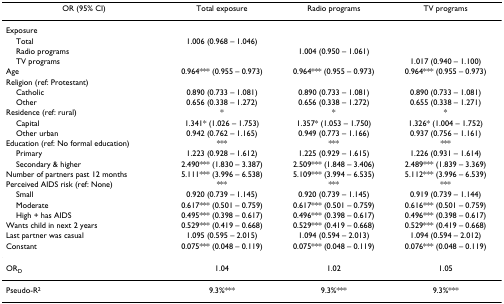
<table><thead><tr><td><b>OR (95% CI)</b></td><td><b>Total exposure</b></td><td><b>Radio programs</b></td><td><b>TV programs</b></td></tr></thead><tbody><tr><td>Exposure</td><td></td><td></td><td></td></tr><tr><td> Total</td><td>1.006 (0.968 – 1.046)</td><td></td><td></td></tr><tr><td> Radio programs</td><td></td><td>1.004 (0.950 – 1.061)</td><td></td></tr><tr><td> TV programs</td><td></td><td></td><td>1.017 (0.940 – 1.100)</td></tr><tr><td>Age</td><td>0.964*** (0.955 – 0.973)</td><td>0.964*** (0.955 – 0.973)</td><td>0.964*** (0.955 – 0.973)</td></tr><tr><td>Religion (ref: Protestant)</td><td></td><td></td><td></td></tr><tr><td> Catholic</td><td>0.890 (0.733 – 1.081)</td><td>0.890 (0.733 – 1.081)</td><td>0.890 (0.733 – 1.081)</td></tr><tr><td> Other</td><td>0.656 (0.338 – 1.272)</td><td>0.656 (0.338 – 1.272)</td><td>0.655 (0.338 – 1.271)</td></tr><tr><td>Residence (ref: rural)</td><td>*</td><td>*</td><td>*</td></tr><tr><td> Capital</td><td>1.341* (1.026 – 1.753)</td><td>1.357* (1.053 – 1.750)</td><td>1.326* (1.004 – 1.752)</td></tr><tr><td> Other urban</td><td>0.942 (0.762 – 1.165)</td><td>0.949 (0.773 – 1.166)</td><td>0.937 (0.756 – 1.161)</td></tr><tr><td>Education (ref: No formal education)</td><td>***</td><td>***</td><td>***</td></tr><tr><td> Primary</td><td>1.223 (0.928 – 1.612)</td><td>1.225 (0.929 – 1.615)</td><td>1.226 (0.931 – 1.614)</td></tr><tr><td> Secondary &amp; higher</td><td>2.490*** (1.830 – 3.387)</td><td>2.509*** (1.848 – 3.406)</td><td>2.489*** (1.839 – 3.369)</td></tr><tr><td>Number of partners past 12 months</td><td>5.111*** (3.996 – 6.538)</td><td>5.109*** (3.994 – 6.535)</td><td>5.112*** (3.996 – 6.539)</td></tr><tr><td>Perceived AIDS risk (ref: None)</td><td>***</td><td>***</td><td>***</td></tr><tr><td> Small</td><td>0.920 (0.739 – 1.145)</td><td>0.920 (0.739 – 1.145)</td><td>0.919 (0.739 – 1.144)</td></tr><tr><td> Moderate</td><td>0.617*** (0.501 – 0.759)</td><td>0.617*** (0.501 – 0.759)</td><td>0.616*** (0.501 – 0.759)</td></tr><tr><td> High + has AIDS</td><td>0.495*** (0.398 – 0.617)</td><td>0.496*** (0.398 – 0.617)</td><td>0.496*** (0.398 – 0.617)</td></tr><tr><td>Wants child in next 2 years</td><td>0.529*** (0.419 – 0.668)</td><td>0.529*** (0.419 – 0.668)</td><td>0.529*** (0.419 – 0.668)</td></tr><tr><td>Last partner was casual</td><td>1.095 (0.595 – 2.015)</td><td>1.094 (0.594 – 2.013)</td><td>1.094 (0.594 – 2.012)</td></tr><tr><td>Constant</td><td>0.075*** (0.048 – 0.119)</td><td>0.075*** (0.048 – 0.119)</td><td>0.076*** (0.048 – 0.119)</td></tr><tr><td>OR<sub>D</sub></td><td>1.04</td><td>1.02</td><td>1.05</td></tr><tr><td>Pseudo-R<sup>2</sup></td><td>9.3%***</td><td>9.3%***</td><td>9.3%***</td></tr></tbody></table>